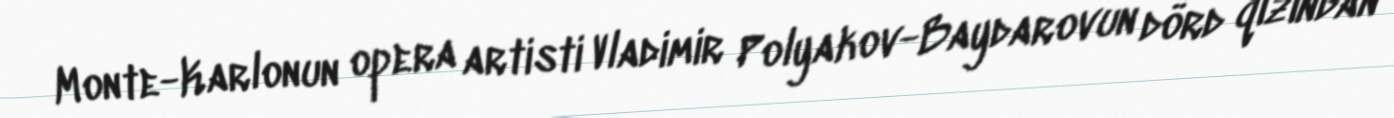
Monte-Karlonun opera artisti Vladimir Polyakov-Baydarovun dörd qızından